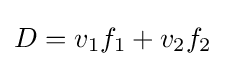
D=v_{1}f_{1}+v_{2}f_{2}